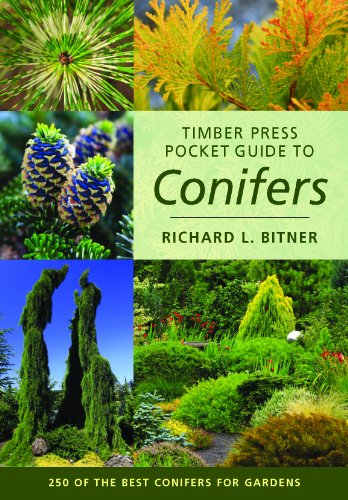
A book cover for Timber Press Pocket Guide to Conifers (Timber Press Pocket Guides); Richard L. Bitner; Crafts, Hobbies & Home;